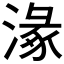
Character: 𣺵